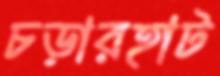
চড়ারহাট